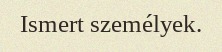
Ismert személyek.